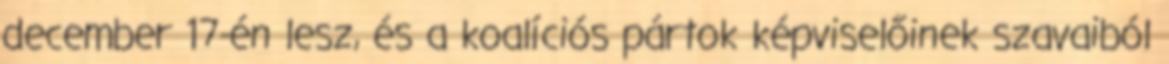
december 17-én lesz, és a koalíciós pártok képviselőinek szavaiból